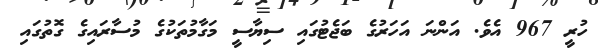
ހުރީ 967 އެވެ. އަންނަ އަހަރުގެ ބަޖެޓުގައި ސިޔާސީ މަގާމުތަކުގެ މުސާރައިގެ ގޮތުގައި